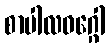
စာပါလဝဂ္ဂေါ